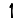
Digit: 1